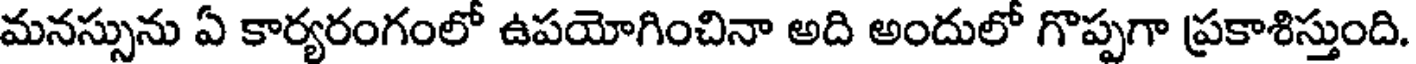
మనస్సును ఏ కార్యరంగంలో ఉపయోగించినా అది అందులో గొప్పగా ప్రకాశిస్తుంది.